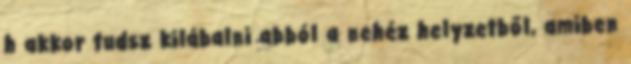
h akkor tudsz kilábalni abból a nehéz helyzetből, amiben